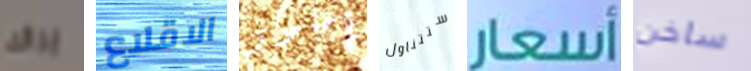
يراك الاقلاع ياحلوتي ستتناول أسعار ساخن